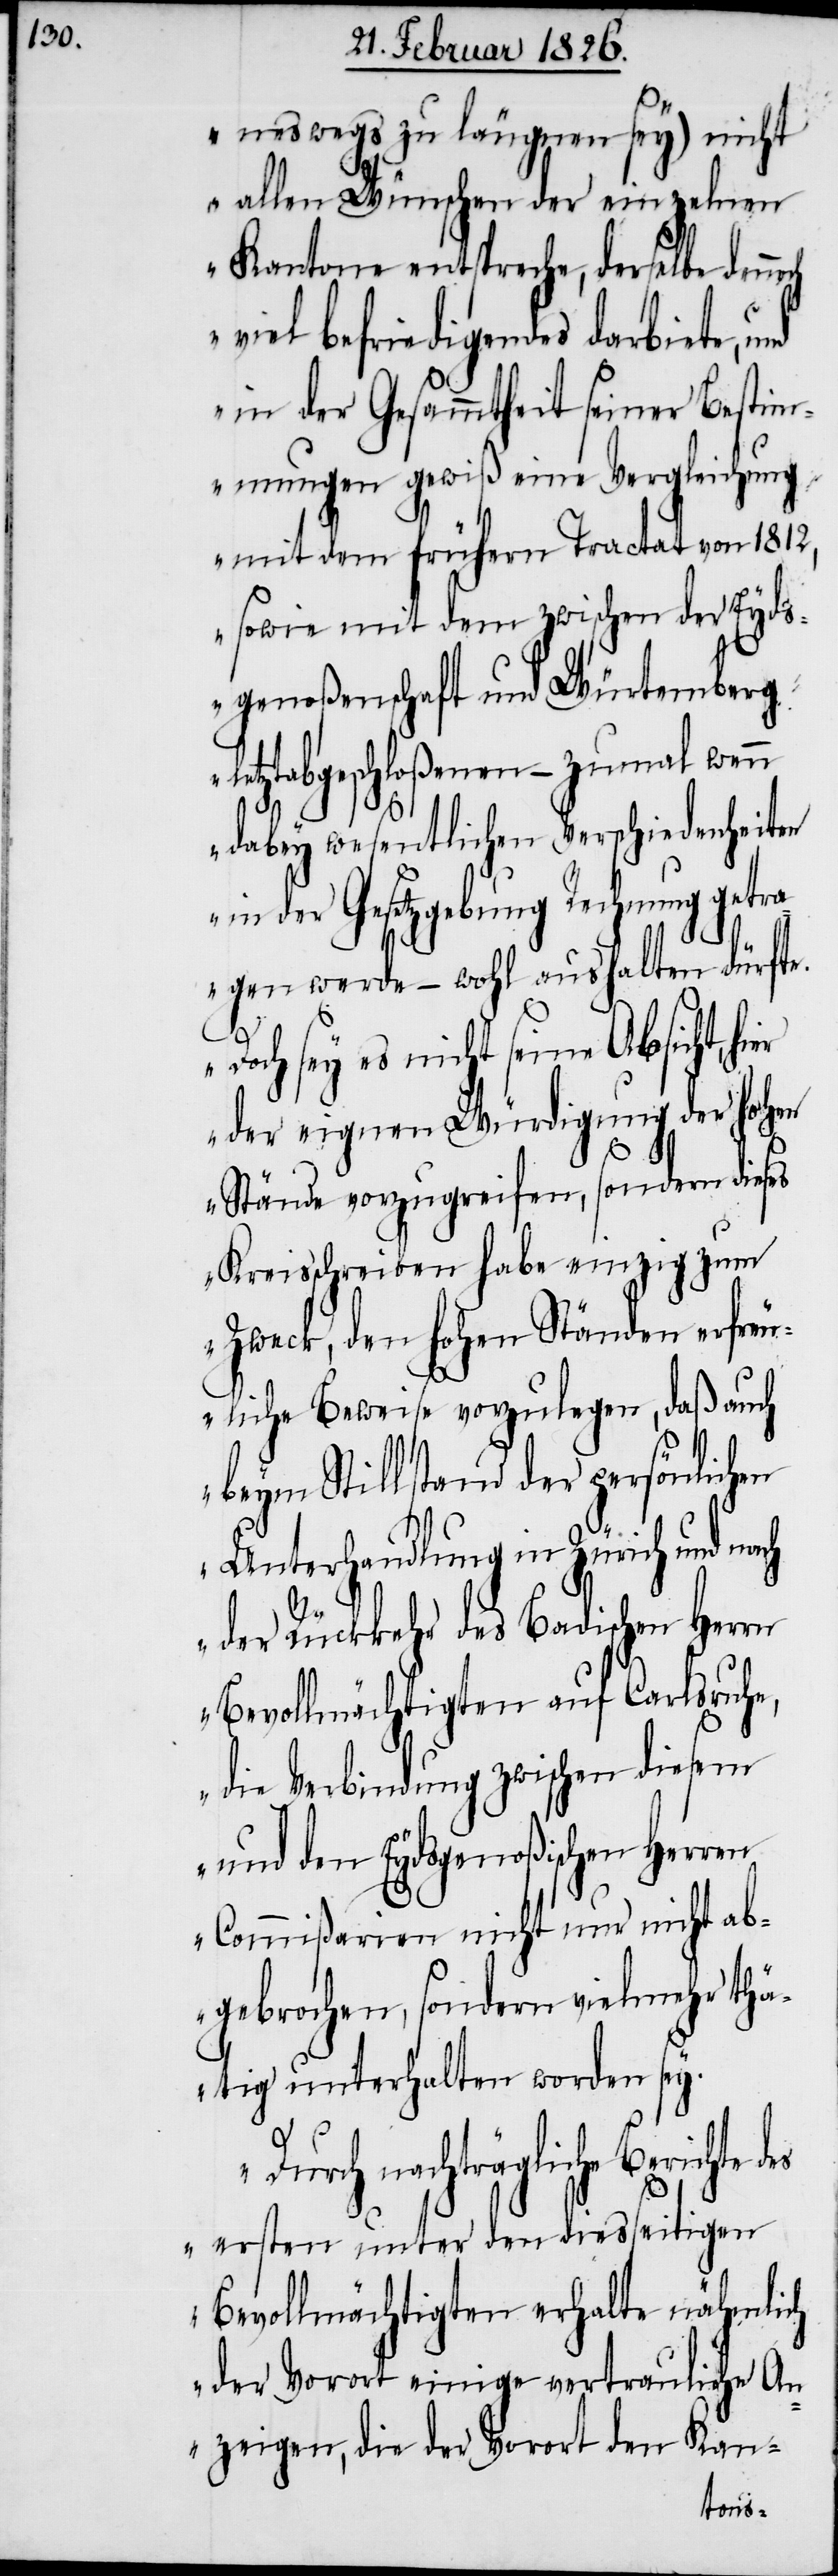
neswegs zu läugnen sey) nicht
allen Wünschen der einzelnen
Kantone entspreche, derselbe denn¬
viel befriedigendes darbiete,
in der Gesammtheit seiner Bestim¬
mungen gewiß eine Vergleichung
mit dem frühern Tractat von 1812,
sowie mit dem zwischen der Eyds¬
genoßenschaft und Würtemberg
letztabgeschloßenen – zumal wenn
dabey wesentlichen Verschiedenheiten
in der Gesetzgebung Rechnung getr¬
agen werde – wohl aushalten dürfte.
och
Doch sey es nicht seine Absicht,
der eignen Würdigung der hohen
Stände vorzugreifen, sondern dieses
Kreisschreiben habe einzig zum
Zweck, den hohen Ständen erfreu¬
liche Beweise vorzulegen, daß auch
beym Stillstand der persönlichen
Unterhandlung in Zürich und
der Rückkehr des Badischen Herrn
Bevollmächtigten auf Carlsruhe,
die Verbindung zwischen diesem
und den Eydsgenoßischen Herren
Commißarien nicht nur nicht ab¬
gebrochen, sondern vielmehr thä¬
tig unterhalten worden sey.
Durch nachträgliche Berichte
ersten unter den diesseitigen
Bevollmächtigten erhalte nähmlich
der Vorort einige vertrauliche An¬
zeigen, die der Vorort den Kan-